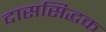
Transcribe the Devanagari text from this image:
दाससिद्धक